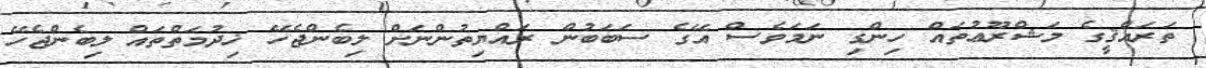
ތަރައްޤީގެ މަޝްރޫޢުތައް ހިންގި ނަމަވެސް އޭގެ ސަބަބުން ރައްޔިތުންނަށް ލިބެންޖެހޭ ޚިދުމަތްތައް ލިބެންޖެހޭ